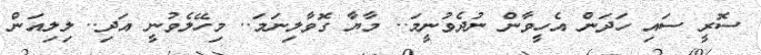
ސޮރީ ސައި ހަދަން އެހީވާން ނުދެވުނީމަ.. މާޔާ ގޮވާލިނަމަ.. މިހޭލެވުނީ އަދި.. ލިލިއަން